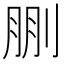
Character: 𠜳